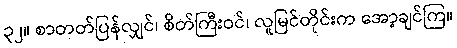
၃၂။ စာတတ်ပြန်လျှင်၊ စိတ်ကြီးဝင်၊ လူမြင်တိုင်းက အော့ချင်ကြ။